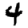
Digit: 4